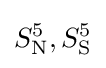
S_{\text{N}}^{5},S_{\text{S}}^{5}